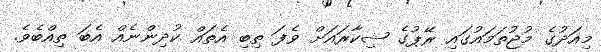
މިއަދުގެ މުޖުތަމައުގައި ރޭޕުގެ ޝިކާރައަށް ވެފަ ތިބި އެތައް ކުދިންނެއް އެބަ ތިއްބެވެ.